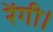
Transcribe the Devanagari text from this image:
रेंगी।